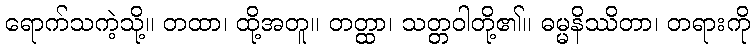
ရောက်သကဲ့သို့။ တထာ၊ ထို့အတူ။ တတ္ထာ၊ သတ္တဝါတို့၏။ ဓမ္မနိဿိတာ၊ တရားကို